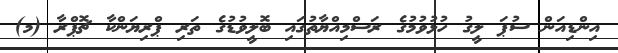
އިންޑިއަން ސުޕަ ލީގު ހުޅުވުމުގެ ރަސްމިއްޔާތުގައި ބޮލީވުޑުގެ ތަރި ޕްރިޔަންކާ ޗޮޕްރާ (މ)